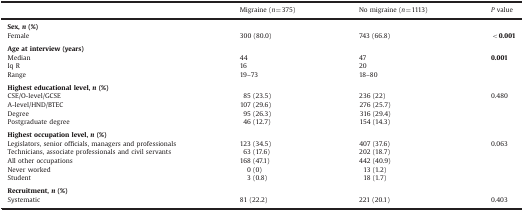
|  | Migraine (n=375) | No migraine (n=1113) | P value |
 | --- | --- | --- | --- |
 | Sex,n(%) |  |  |  |
 | Female | 300 (80.0) | 743 (66.8) | <0.001 |
 | <COLSPAN=4>  |
 | Age at interview (years) |  |  |  |
 | Median | 44 | 47 | 0.001 |
 | Iq R | 16 | 20 |  |
 | Range | 19–73 | 18–80 |  |
 | <COLSPAN=4>  |
 | Highest educational level,n(%) |  |  |  |
 | CSE/O-level/GCSE | 85 (23.5) | 236 (22) | 0.480 |
 | A-level/HND/BTEC | 107 (29.6) | 276 (25.7) |  |
 | Degree | 95 (26.3) | 316 (29.4) |  |
 | Postgraduate degree | 46 (12.7) | 154 (14.3) |  |
 | <COLSPAN=4>  |
 | Highest occupation level,n(%) |  |  |  |
 | Legislators, senior officials, managers and professionals | 123 (34.5) | 407 (37.6) | 0.063 |
 | Technicians, associate professionals and civil servants | 63 (17.6) | 202 (18.7) |  |
 | All other occupations | 168 (47.1) | 442 (40.9) |  |
 | Never worked | 0 (0) | 13 (1.2) |  |
 | Student | 3 (0.8) | 18 (1.7) |  |
 | <COLSPAN=4>  |
 | Recruitment,n(%) |  |  |  |
 | Systematic | 81 (22.2) | 221 (20.1) | 0.403 |